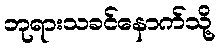
ဘုရားသခင်နောက်သို့